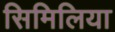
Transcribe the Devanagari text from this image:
सिमिलिया